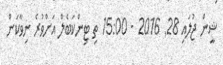
ޝީން ޖުލައި 28